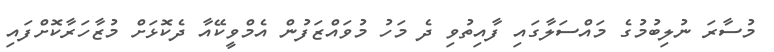
މުސާރަ ނުލިބުމުގެ މައްސަލާގައި ފާއިތުވި ދެ މަހު މުވައްޒަފުން އެމްވީކޭއާ ދެކޮޅަށް މުޒާހަރާކޮށްފައި